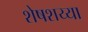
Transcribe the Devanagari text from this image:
शेषशय्या